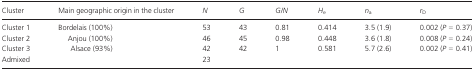
<table><thead><tr><td><b>Cluster</b></td><td><b>Main geographic origin in the cluster</b></td><td><b><i>N</i></b></td><td><b><i>G</i></b></td><td><b><i>G/N</i></b></td><td><b><i>H</i><sub>e</sub></b></td><td><b><i>n</i><sub>a</sub></b></td><td><b><i>r</i><sub>D</sub></b></td></tr></thead><tbody><tr><td>Cluster 1</td><td>Bordelais (100%)</td><td>53</td><td>43</td><td>0.81</td><td>0.414</td><td>3.5 (1.9)</td><td>0.002 (<i>P</i> = 0.37)</td></tr><tr><td>Cluster 2</td><td>Anjou (100%)</td><td>46</td><td>45</td><td>0.98</td><td>0.448</td><td>3.6 (1.8)</td><td>0.008 (<i>P</i> = 0.24)</td></tr><tr><td>Cluster 3</td><td>Alsace (93%)</td><td>42</td><td>42</td><td>1</td><td>0.581</td><td>5.7 (2.6)</td><td>0.002 (<i>P</i> = 0.41)</td></tr><tr><td>Admixed</td><td></td><td>23</td><td></td><td></td><td></td><td></td><td></td></tr></tbody></table>